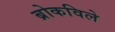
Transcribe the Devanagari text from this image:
ब्रोकविले